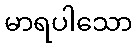
မာရပါသော